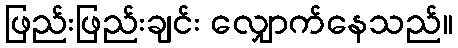
ဖြည်းဖြည်းချင်း လျှောက်နေသည်။